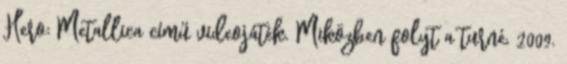
Hero: Metallica című videojáték. Miközben folyt a turné, 2009.